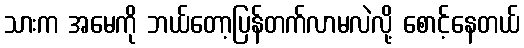
သားက အမေကို ဘယ်တော့ပြန်တက်လာမလဲလို့ စောင့်နေတယ်